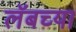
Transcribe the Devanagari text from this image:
लॅबच्या